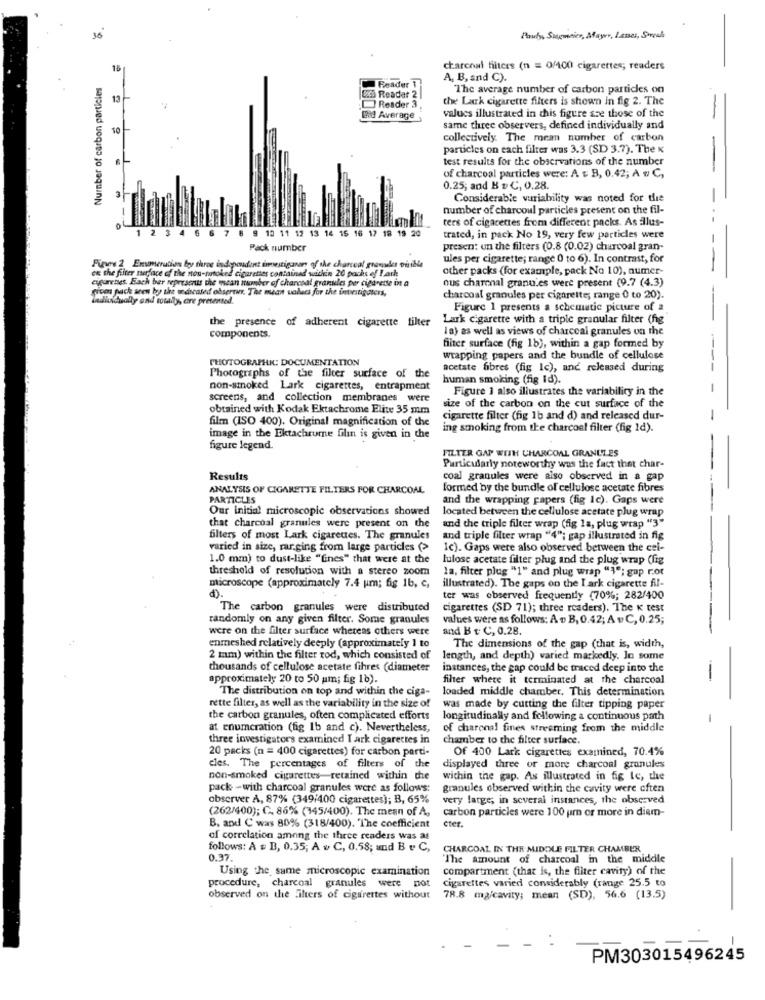
36
Pauly, Sommier, Mayer, Lærer, Soreal
15
charcoal filters (n = 0/100 cigarettes; readers
Number of carbon particles
Reader
A, B, and C).
Exs Readat 2
The average number of carbon particles on
13
the Lark cigarette filters is shown in fig 2. The
Reader 3
Bid Average
values illustrated in this figure sze those of the
10
same three observers, defined individually and
collectively. The mean number of carbon
particles on each filter was 3.3 (SD 3.7). The K
-
test results for the observations of the number
of charcoal particles were: A & B, 0,42; A « C,
0.25; and B + C, 0.28.
Considerable variability was noted for the
number of charcoul particles present on the fil-
ters of cigarettes from different packs. As allus-
1 2 3 4 6 6
7
8 9 10 11 12 13 14 15 16 17 18 19 20
trated, in pack No 19, very few particles were
Pack number
presen: un the filters (0.8 (0.02) charcoal gran-
ules per cigarette; range 0 to 6). In contrast, for
Figvers 2 Ensonerution by three independent investigarans of the chartcal granules visible
ex the filter terface of the nou-tutoked cigarettes contained within 20 packs ef Park
other packs (for example, pack No 10), numer-
cigarettes. Each ber represents the wecan ittonber of charcoal granules per cigarette in a
ous charonal granu.es were present (9.7 (4.3)
ciom pack aren by the wdicated obsertar, The mean valecs for the investigaters,
ladiudually and totaly, are presented.
charcoal granules per cigarette; range 0 to 20).
Figure 1 presents a schematic picture of 2
the presence of adherent cigarette filter
Lark cigarette with a triple granular filter (fig
I a) as well as views of charcoal granules on the
components.
filter surface (fig 1b), within a gap formed by
PHOTOGRAPHIC: DOCUMENTATION
wrapping papers and the bundle of cellulose
Photographs of the filter surface of the
acetate fibres (fig Ic), and released during
human smoking (fig Id).
non-smoked Lark cigarettes, entrapment
Figure 1 also illustrates the variability in the
screens, and collection membranes were
obtained with Kodak Ektachrome Elite 35 mm
size of the carbon on the cut surface of the
film (ISO 400). Original magnification of the
cigarette filter (fig 1b and d) and released dur-
ing smoking from the charcoal filter (fig Id).
image in the Ektachrume filin is given in the
figure legend.
FILTER GAP WITH CHARCOAL GRANULES
Particularly noteworthy was the fact that char-
Results
coal granules were also observed in a gap
ANALYSIS OF CIGARETTE FILTERS FOR CHARCOAL
formed by the bundle of cellulose acetate fibres
PARTICLES
and the wrapping papers (fig 1c). Gaps were
Our initial microscopic observations showed
located between the cellulose acetate plug wrap
that charcoal granules were present on the
and the triple filter wrap (fig la, plug wrap "3"
filters of most Lark cigarettes. The granules
and triple filter wrap "4"; gap illustrated in fig
varied in size, rar.ging from large particles (>
Ic). Gaps were also observed between the cel-
1.0 mm) to dust-like "fines" that were at the
lulose acetate filter plug and the plug wrap (fig
threshold of resolution with a stereo zoom
la, filter plug "1" and plug wrap "1º; gap r.ot
microscope (approximately 7.4 um; fig 1b, c,
illustrated). The gaps on the I ark cigarette fil-
ter was observed frequently (70%; 282/400
The carbon granules were distributed
cigarettes (SD 71); three readers). The K test
randomly on any given filter. Some granules
values were as follows: A + B, 0.42; A =C, 0.25;
were on the filter surface whereas others were
and B t C, 0.28.
enmeshed relatively deeply (approximately ] to
The dimensions of the gap (that is, width,
2 mm) within the filter rod, which consisted of
length, and depth) varied markedly. In some
thousands of cellulose acetate fihres (diameter
instances, the gap could be traced deep into the
approximately 20 to 50 um; fig 1b).
filter where it terminated at the charcoal
-
The distribution on top and within the ciga-
loaded middle chamber. This determination
rette filter, as well as the variability in the size of
was made by cutting the filter tipping paper
the carbon granules, often complicated efforts
longitudinally and following a continuous path
at enumeration (fig Ib and c). Nevertheless,
of charonal fines streeming from the middle
three investigators examined I ark cigarettes in
chamber to the filter surface.
20 packs (n = 400 cigarettes) for carbon parti-
Of 400 Lark cigarettes examined, 70.4%
cles. The percentages of filters of the
displayed three or more charcoal granules
non-smoked cigarettes-retained within the
within the gap. As illustrated in fig le, the
pack - with charcoal granules were as follows:
granules observed within the cavity were often
observer A, 87% (349/400 cigarettes); B, 65%
very large; in several instances, the observed
(262/400); C. 86% (145/400). The mean of A,
carbon particles were 100 um or more in diem-
cter.
B. and C was 80% (318/400). The coefficient
of correlation among the three readers was as
follows: A = B, 0.35; A & C, 0.58; und B & C,
CHARCOAL IN THE MIDDLE FILTER CHAMBER
0.37.
"The amount of charcoal in the middle
Using the same microscopic examination
compartment (that is, the filter cavity) of the
cigarettes varied considerably (range 25.5 to
procedure, charcoal granules were not
observed on the Alters of cigarettes without
78.8 ma/cavity; mean (SD), 56.6 (13.5)
PM303015496245